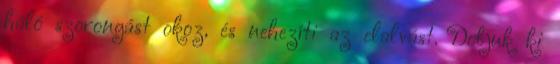
háló szorongást okoz, és nehezíti az elalvást. Dobjuk ki